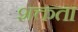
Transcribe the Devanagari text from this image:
शक्तता